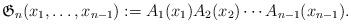
LaTeX: \begin{gather*} \mathfrak{G}_{n}(x_1,\ldots,x_{n-1}) := A_1(x_1) A_{2}(x_2) \cdots A_{n-1}(x_{n-1}). \end{gather*}